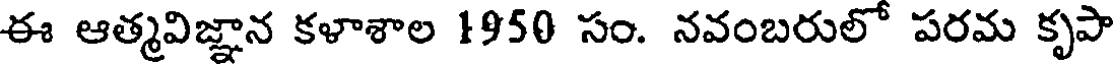
ఈ ఆత్మవిజ్ఞాన కళాశాల 1950 సం. నవంబరులో పరమ కృపా